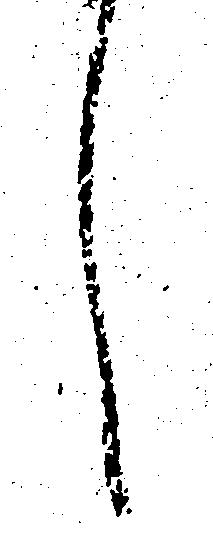
し